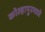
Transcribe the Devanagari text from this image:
कोल्हापुरमध्ये